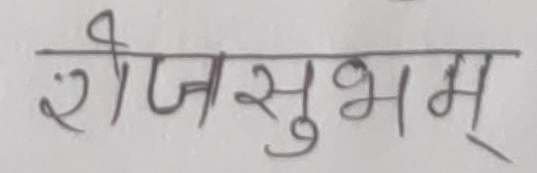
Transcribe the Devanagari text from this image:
रीजसुभम्